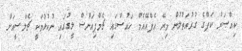
ކިއްސަރު ކަޕްގެ ގުރުއަތުލުން މިރޭ އެފްއޭއެމް ހައުސްގައި ޗެމްޕިއަންސް ލީގުގައި ނުކުޅުމަކީ ޗެލްސީއަށް